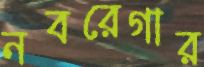
নবরেগার